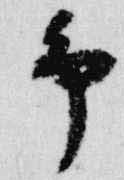
予